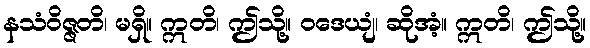
နသံဝိဇ္ဇတိ၊ မရှိ။ ဣတိ၊ ဤသို့။ ဝဒေယျံ၊ ဆိုအံ့။ ဣတိ၊ ဤသို့။